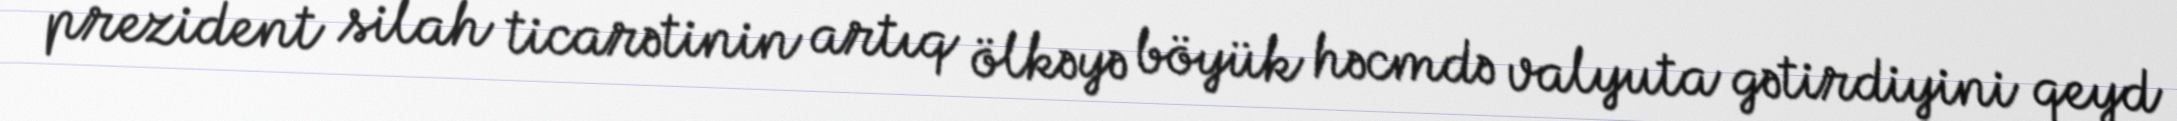
prezident silah ticarətinin artıq ölkəyə böyük həcmdə valyuta gətirdiyini qeyd